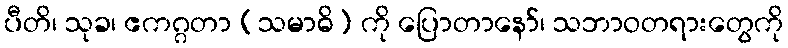
ပီတိ၊ သုခ၊ ဧကဂ္ဂတာ (သမာဓိ) ကို ပြောတာနော်၊ သဘာဝတရားတွေကို